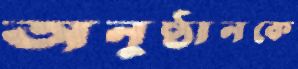
অনুষ্ঠানকে